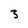
Character: 3